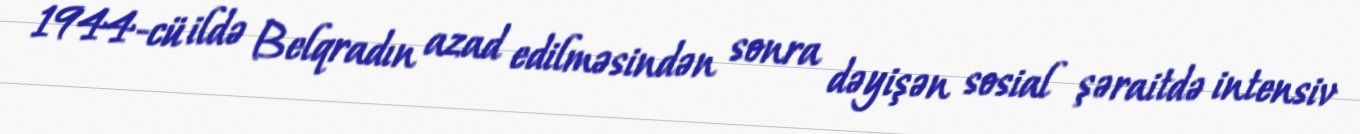
1944-cü ildə Belqradın azad edilməsindən sonra dəyişən sosial şəraitdə intensiv